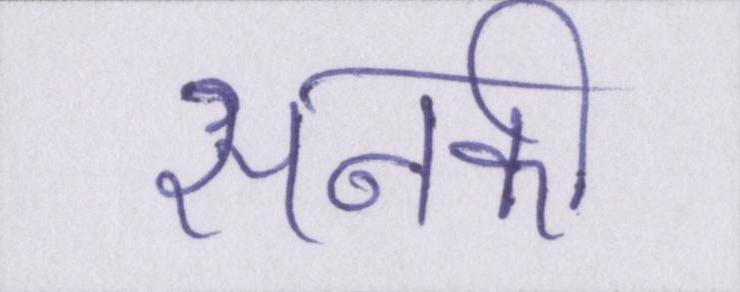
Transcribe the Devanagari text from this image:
सनकी